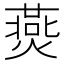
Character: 㷼